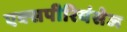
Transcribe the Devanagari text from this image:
एक्‍सपीरियंसेज